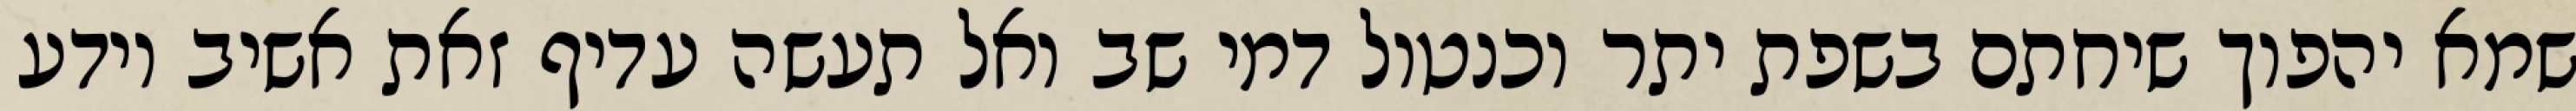
שמא יהפוך שיחתם בשפת יתר וכנטול דמי שב ואל תעשה עדיף זאת אשיב יודע